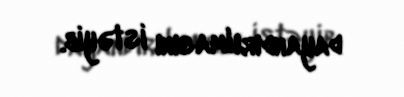
dayandırılmasını istəyib.